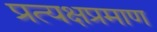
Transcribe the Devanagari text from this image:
प्रत्यक्षप्रमाण